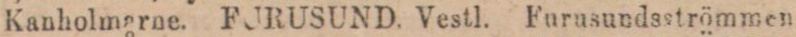
Kanholmarne. FURUSUND. Vestl. Furusundsströmmen